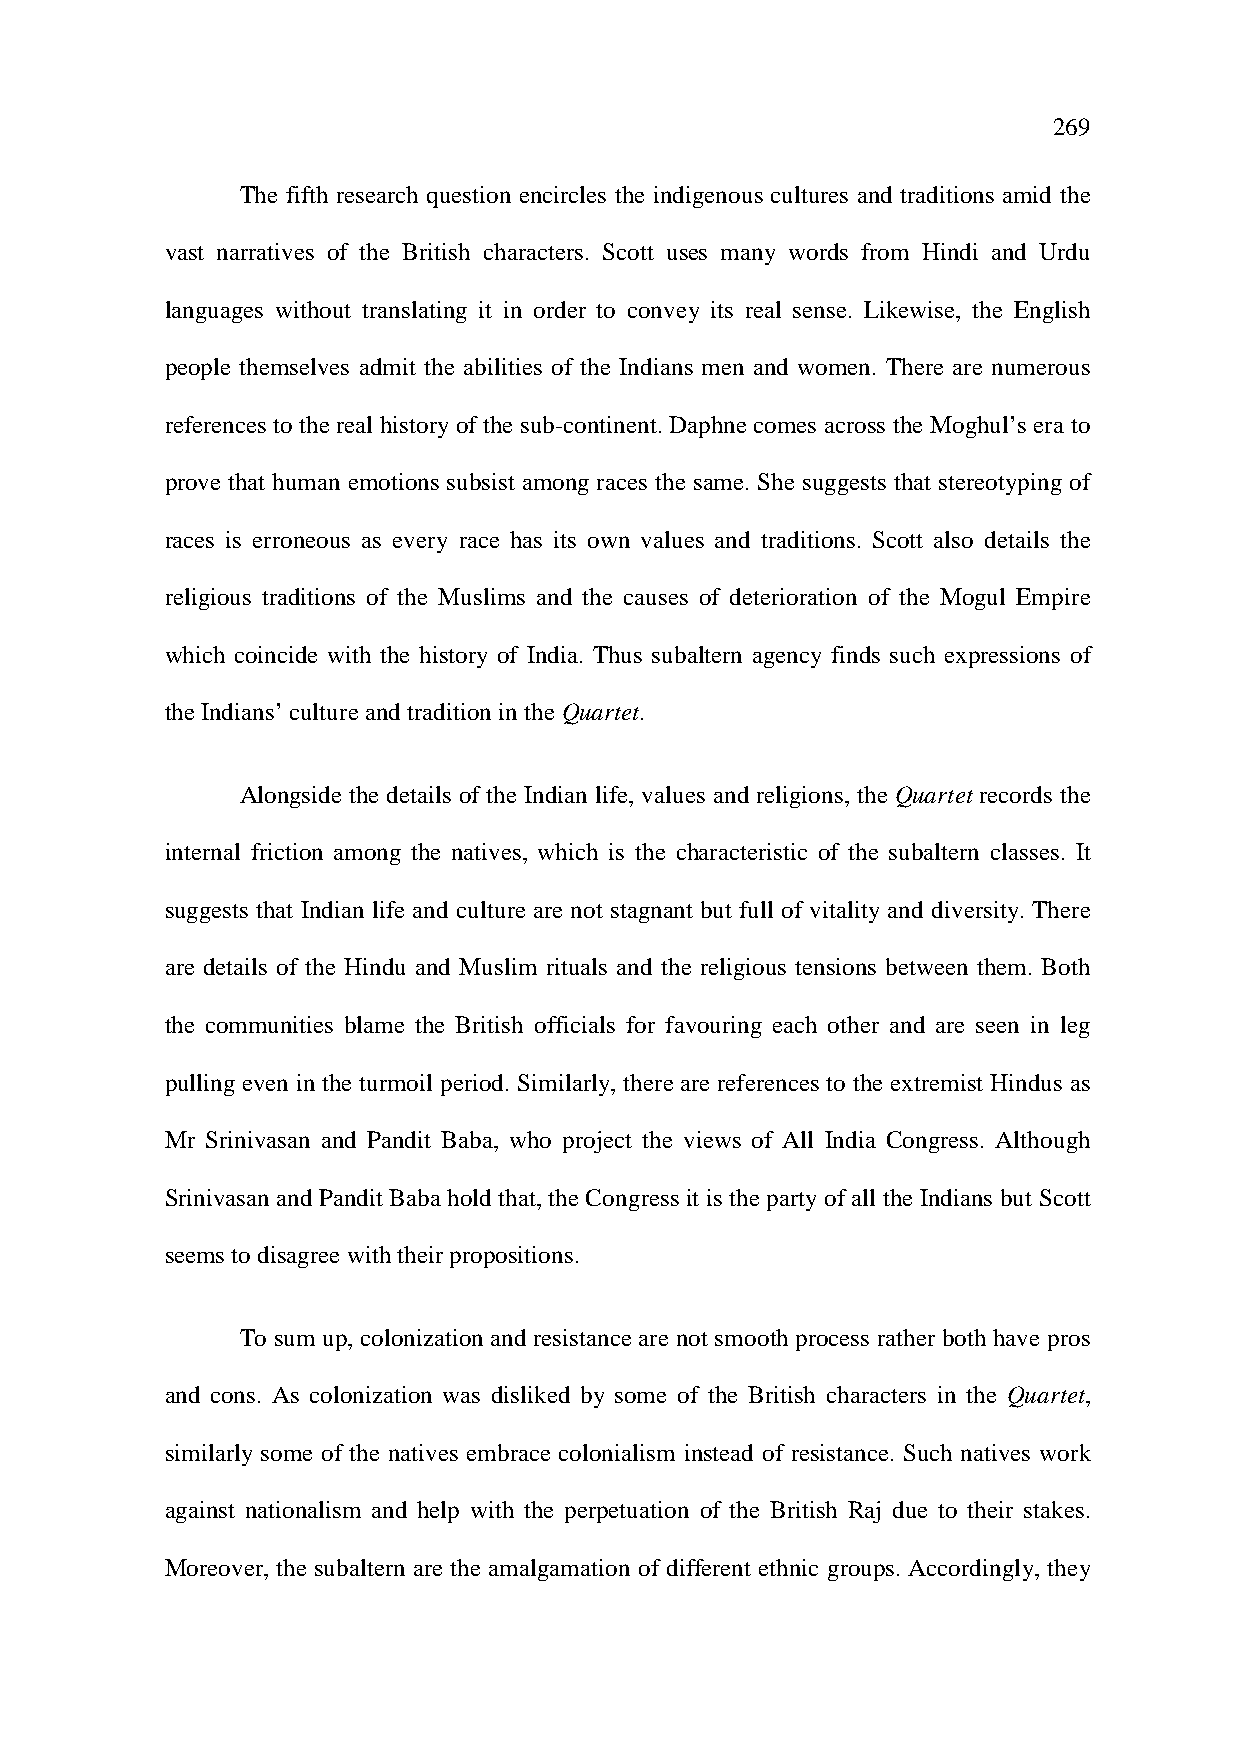
269
 The fifth research question encircles the indigenous cultures and traditions amid the
 vast narratives of the British characters. Scott uses many words from Hindi and Urdu
 languages without translating it in order to convey its real sense. Likewise, the English
 people themselves admit the abilities of the Indians men and women. There are numerous
 references to the real history of the sub-continent. Daphne comes across the Moghul’s era to
 prove that human emotions subsist among races the same. She suggests that stereotyping of
 races is erroneous as every race has its own values and traditions. Scott also details the
 religious traditions of the Muslims and the causes of deterioration of the Mogul Empire
 which coincide with the history of India. Thus subaltern agency finds such expressions of
 the Indians’ culture and tradition in the Quartet.
 Alongside the details of the Indian life, values and religions, the Quartet records the
 internal friction among the natives, which is the characteristic of the subaltern classes. It
 suggests that Indian life and culture are not stagnant but full of vitality and diversity. There
 are details of the Hindu and Muslim rituals and the religious tensions between them. Both
 the communities blame the British officials for favouring each other and are seen in leg
 pulling even in the turmoil period. Similarly, there are references to the extremist Hindus as
 Mr Srinivasan and Pandit Baba, who project the views of All India Congress. Although
 Srinivasan and Pandit Baba hold that, the Congress it is the party of all the Indians but Scott
 seems to disagree with their propositions.
 To sum up, colonization and resistance are not smooth process rather both have pros
 and cons. As colonization was disliked by some of the British characters in the Quartet,
 similarly some of the natives embrace colonialism instead of resistance. Such natives work
 against nationalism and help with the perpetuation of the British Raj due to their stakes.
 Moreover, the subaltern are the amalgamation of different ethnic groups. Accordingly, they